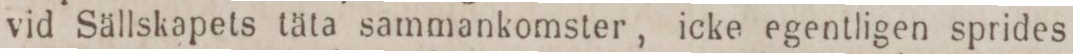
vid Sällskapets täta sammankomster, icke egentligen sprides